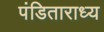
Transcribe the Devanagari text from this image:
पंडिताराध्य